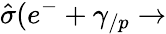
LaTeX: \hat{\sigma}(e^{-}+\gamma_{/p}\rightarrow